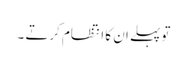
تو پہلے ان کا انتظام کرتے ۔